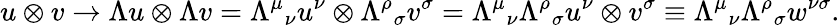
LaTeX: u\otimes v\rightarrow\Lambda u\otimes\Lambda v={\Lambda^{\mu}}_{\nu}u^{\nu}\otimes{\Lambda^{\rho}}_{\sigma}v^{\sigma}={\Lambda^{\mu}}_{\nu}{\Lambda^{\rho}}_{\sigma}u^{\nu}\otimes v^{\sigma}\equiv{\Lambda^{\mu}}_{\nu}{\Lambda^{\rho}}_{\sigma}w^{\nu\sigma}.